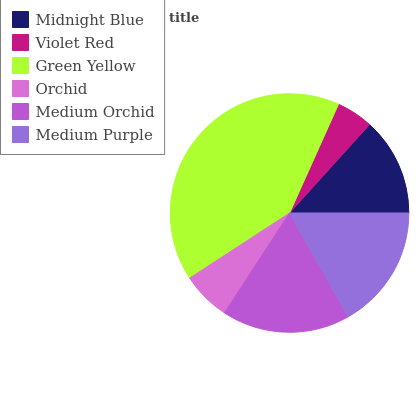
| Midnight Blue | Violet Red | Green Yellow | Orchid | Medium Orchid | Medium Purple |
 | --- | --- | --- | --- | --- | --- |
 | 13.3% | 4.98% | 40.9% | 6.6% | 17.3% | 16.9% |